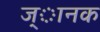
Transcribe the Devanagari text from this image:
ज्ानक